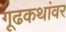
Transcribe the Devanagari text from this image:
गूढकथांवर